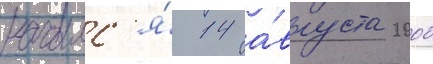
началс'я́ 14 а́вгуста 2000